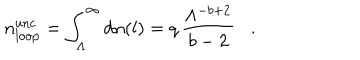
n _ { \mathrm { l o o p } } ^ { \mathrm { u n c } } = \int _ { \Lambda } ^ { \infty } d n ( l ) = q \, \frac { \Lambda ^ { - b + 2 } } { b - 2 } \, \, \, \, \, . \, \, \, \, \,